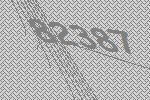
82387